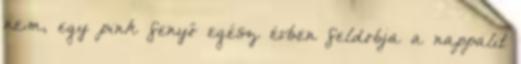
nem, egy pink fenyő egész évben feldobja a nappalit